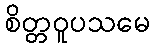
စိတ္တဝူပသမေ